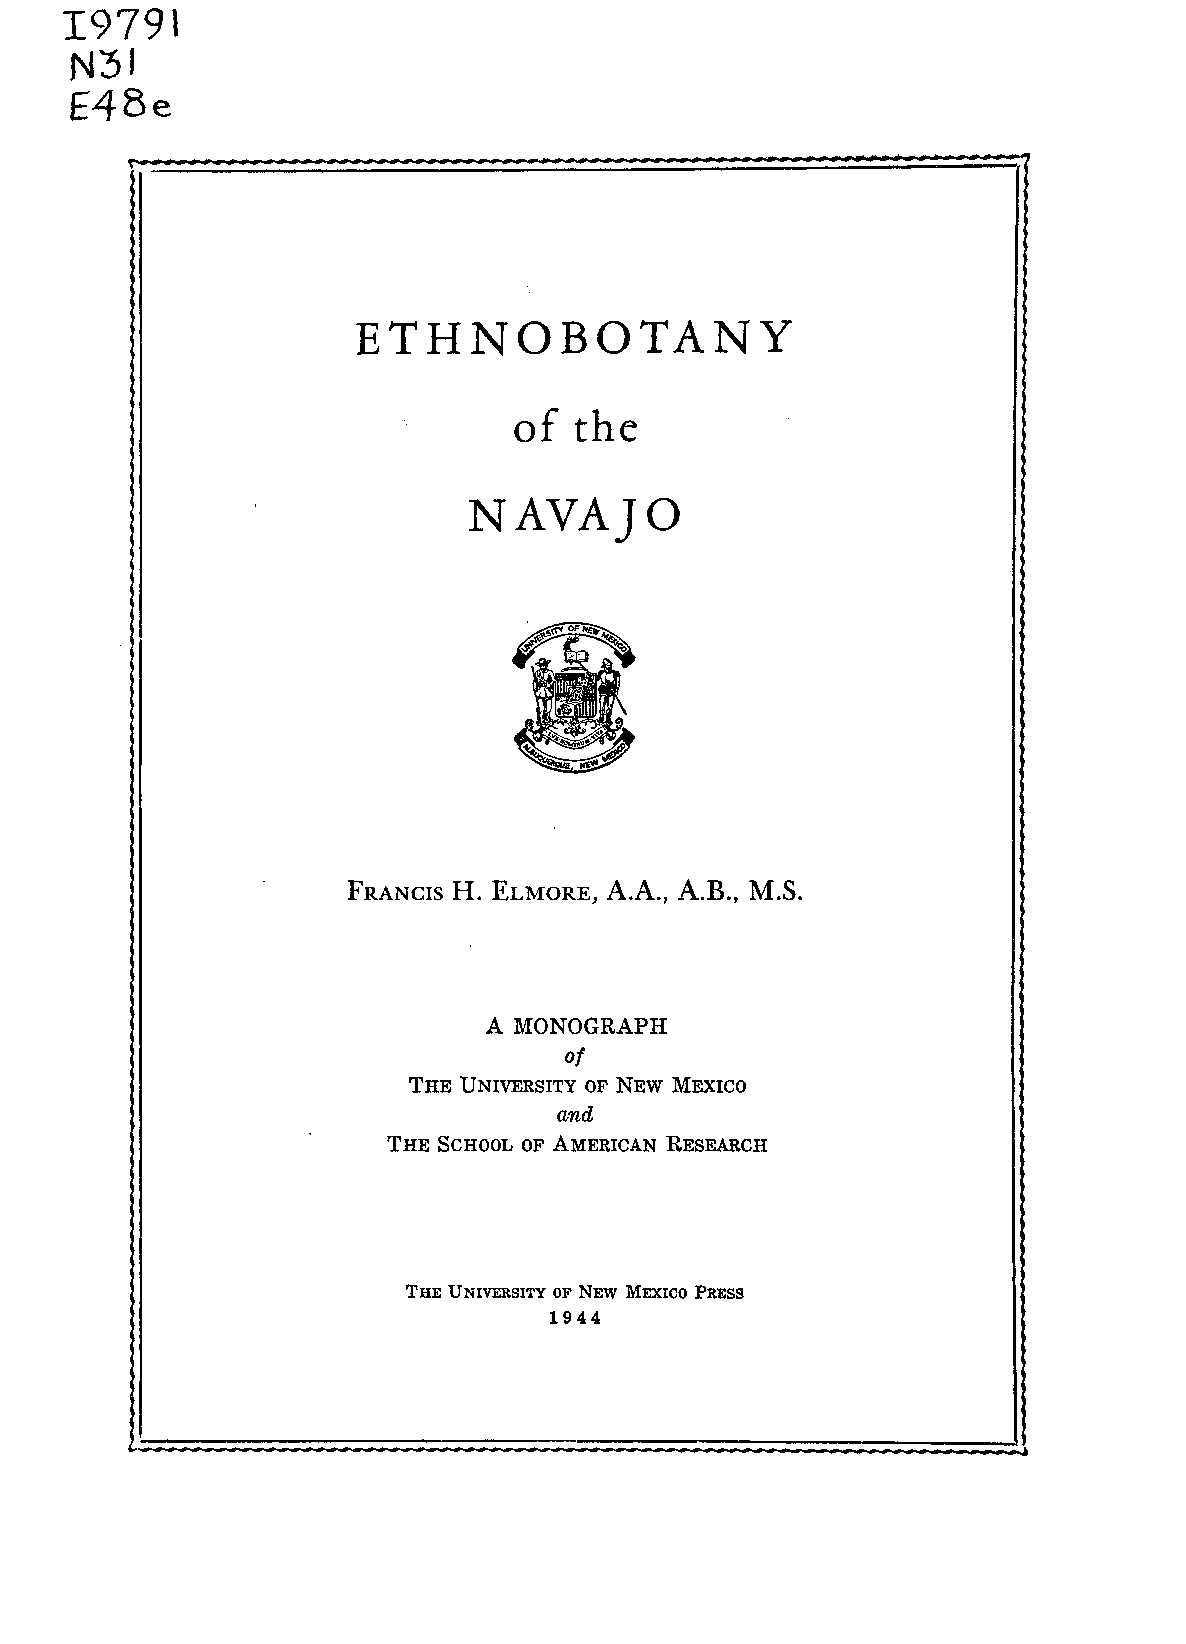
19791
 N51
 E48e
 ETHNOBOTANY
 of  the
 NAVAJO
 ,t
 ifget4i
 101111V
 FRANCIS H. ELMORE, A.A., A.B., M.S.
 A MONOGRAPH
 of
 THE UNIVERSITY OF NEW MEXICO
 and
 THE SCHOOL OF AMERICAN RESEARCH
 THE UNIVERSITY OF NEW MEXICO PRESS
 1944